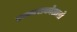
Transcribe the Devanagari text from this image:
एन्काराकोलाडो